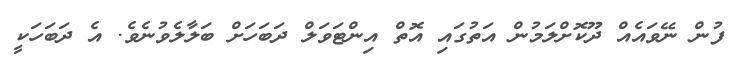
ފުން ނޭވައެއް ދޫކޮށްލަމުން އަތުގައި އޮތް އިންޓަވަލް ދަބަހަށް ބަލާލެވުނެވެ. އެ ދަބަހަކީ